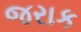
જરાક